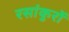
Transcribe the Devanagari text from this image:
रसांकुरों